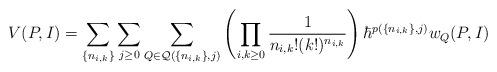
LaTeX: \begin{align*} V(P, I) = \sum_{\{n_{i, k}\}}\sum_{j \geq 0} \sum_{Q \in \mathcal{Q}(\{n_{i, k}\}, j)}\left(\prod_{i, k \geq 0}\frac{1}{n_{i, k}!(k!)^{n_{i, k}}}\right) \hbar^{p(\{n_{i, k}\}, j)}w_Q(P, I)\end{align*}